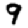
Digit: 9